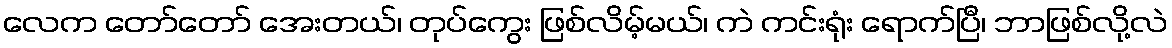
လေက တော်တော် အေးတယ်၊ တုပ်ကွေး ဖြစ်လိမ့်မယ်၊ ကဲ ကင်းရုံး ရောက်ပြီ၊ ဘာဖြစ်လို့လဲ